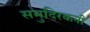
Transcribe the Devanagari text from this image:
समुदिरकनी